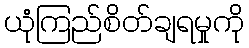
ယုံကြည်စိတ်ချရမှုကို